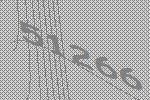
51266